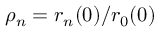
\rho _ { n } = r _ { n } ( 0 ) / r _ { 0 } ( 0 )